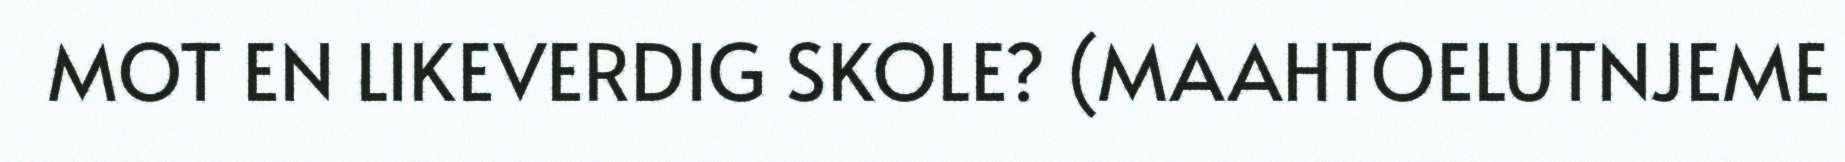
MOT EN LIKEVERDIG SKOLE? (MAAHTOELUTNJEME